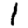
Digit: 1